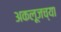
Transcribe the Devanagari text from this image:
अकलूजच्या